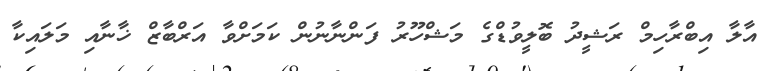
އާލާ އިބްރާހިމް ރަޝީދު ބޮލީވުޑްގެ މަޝްހޫރު ފަންނާނުން ކަމަށްވާ އަރްބާޒް ޚާނާއި މަލައިކާ